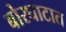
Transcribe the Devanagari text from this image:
बोरघाटात